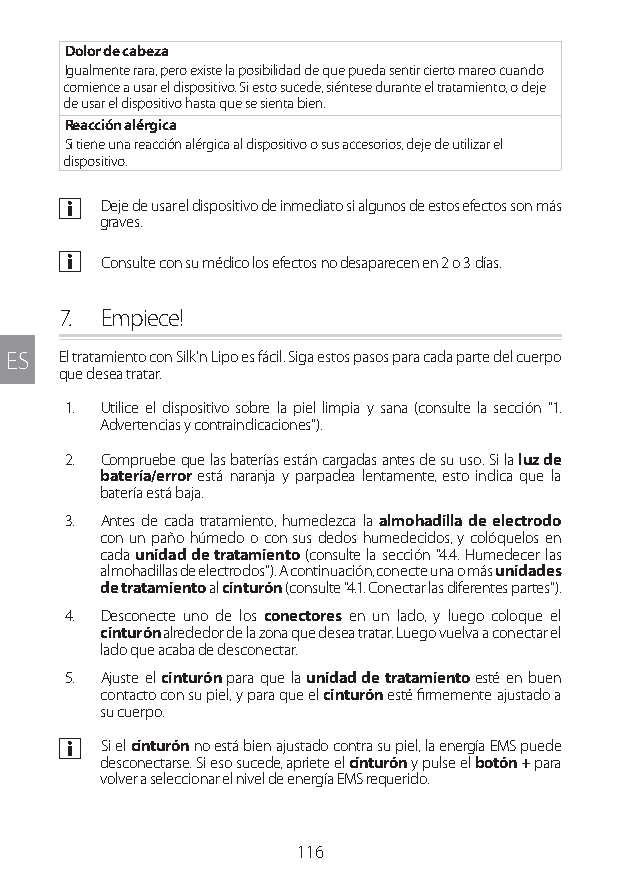
Dolor de cabeza
 Igualmente rara, pero existe la posibilidad de que pueda sentir cierto mareo cuando
 comience a usar el dispositivo. Si esto sucede, siéntese durante el tratamiento, o deje
 de usar el dispositivo hasta que se sienta bien.
 Reacción alérgica
 Si tiene una reacción alérgica al dispositivo o sus accesorios, deje de utilizar el
 dispositivo.
 a Deje de usar el dispositivo de inmediato si algunos de estos efectos son más
 graves.
 a Consulte con su médico los efectos no desaparecen en 2 o 3 días.
 7. Empiece!
 ES  El tratamiento con Silk'n Lipo es fácil. Siga estos pasos para cada parte del cuerpo
 que desea tratar.
 1. Utilice el dispositivo sobre la piel limpia y sana (consulte la sección "1.
 Advertencias y contraindicaciones").
 2. Compruebe que las baterías están cargadas antes de su uso. Si la luz de
 batería/error está naranja y parpadea lentamente, esto indica que la
 batería está baja.
 3. Antes de cada tratamiento, humedezca la almohadilla de electrodo
 con un paño húmedo o con sus dedos humedecidos, y colóquelos en
 cada unidad de tratamiento (consulte la sección "4.4. Humedecer las
 almohadillas de electrodos"). A continuación, conecte una o más unidades
 de tratamiento al cinturón (consulte "4.1. Conectar las diferentes partes").
 4. Desconecte uno de los conectores en un lado, y luego coloque el
 cinturón alrededor de la zona que desea tratar. Luego vuelva a conectar el
 lado que acaba de desconectar.
 5. Ajuste el cinturón para que la unidad de tratamiento esté en buen
 contacto con su piel, y para que el cinturón esté firmemente ajustado a
 su cuerpo.
 a Si el cinturón no está bien ajustado contra su piel, la energía EMS puede
 desconectarse. Si eso sucede, apriete el cinturón y pulse el botón + para
 volver a seleccionar el nivel de energía EMS requerido.
 116
 Lipo UM EU124 3545B inside ALL EU124 ED296-24 release.indd 116 14/08/2018 10:57:39